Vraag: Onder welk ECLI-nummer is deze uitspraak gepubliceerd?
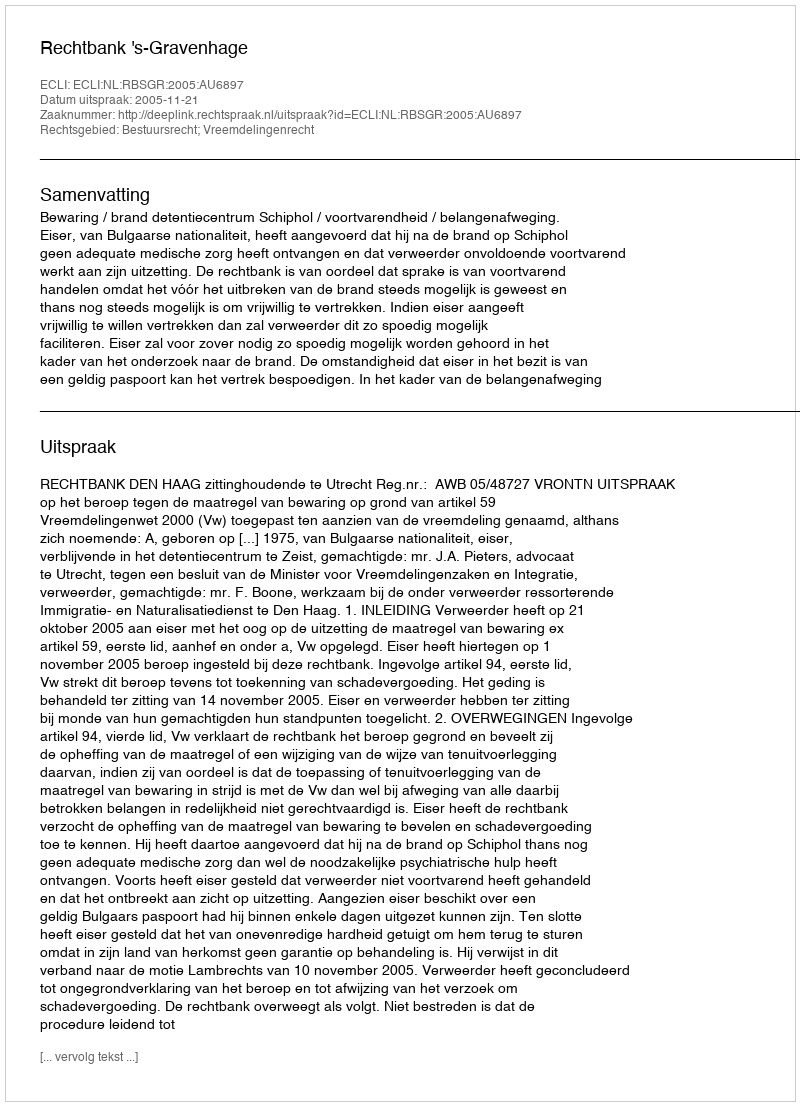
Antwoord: ECLI:NL:RBSGR:2005:AU6897